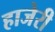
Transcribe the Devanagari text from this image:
हाजेरी